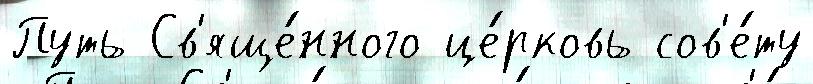
Путь Св'яще́нного це́рковь сов'е́ту